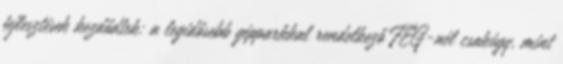
fejlesztések kezdődtek: a legidősebb gépparkkal rendelkező FÉG-nél csakúgy, mint